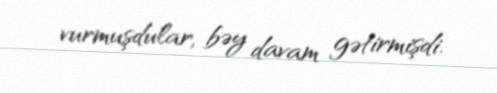
vurmuşdular, bəy davam gətirmişdi.